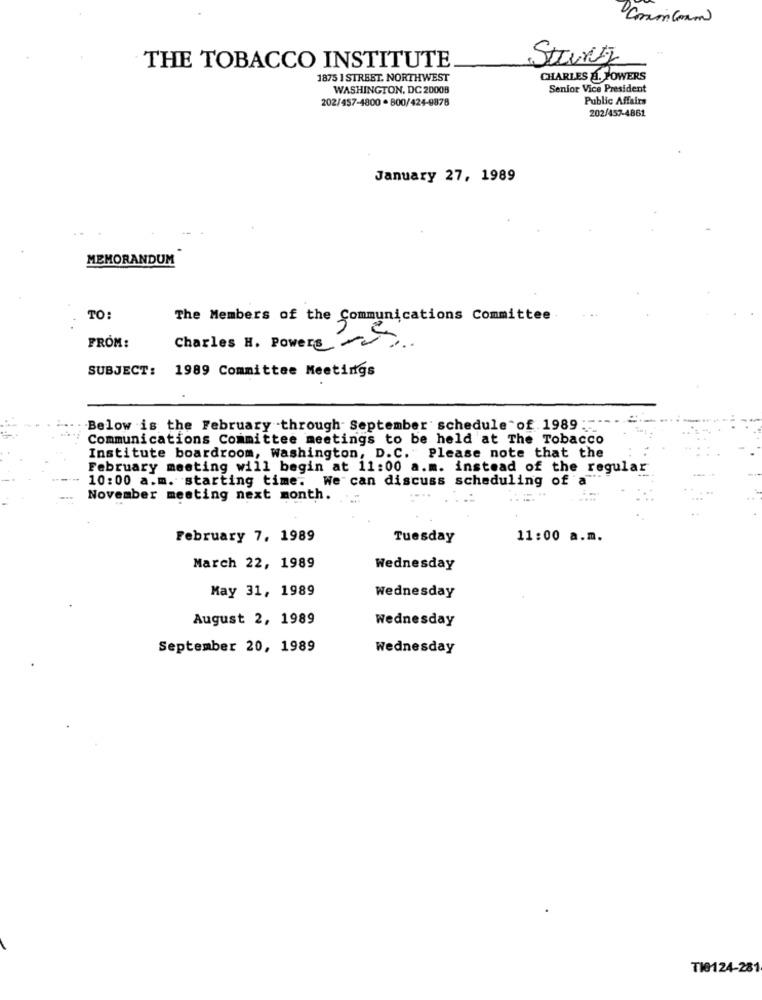
Stany
THE TOBACCO INSTITUTE
1875 1 STREBT. NORTHWEST
CHARLES &. POWERS
WASHINGTON, DC 20008
Senior Vice President
202/457-4800 . 800/424-9878
Public Affairs
202/457-4861
January 27, 1989
MEMORANDUM
TO:
The Members of the Communications Committee
FROM:
Charles H. Powers
SUBJECT:
1989 Committee Meetings
Below is the February through September schedule of 1989:"
Communications Committee meetings to be held at The Tobacco
Institute boardroom, Washington, D.C. Please note that the
February meeting will begin at 11:00 a.m. instead of the regular
10:00 a.m. starting time. We can discuss scheduling of a
November meeting next month.
...
February 7, 1989
Tuesday
11:00 a.m.
March 22, 1989
Wednesday
May 31, 1989
Wednesday
August 2, 1989
Wednesday
September 20, 1989
Wednesday
TIG124-281